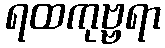
ရထကုဗ္ဗရာ